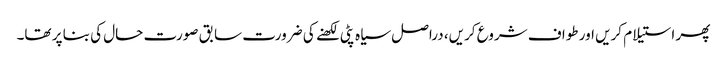
پھر استیلام کریں اور طواف شروع کریں، دراصل سیاہ پٹی لکھنے کی ضرورت سابق صورت حال کی بنا پر تھا۔